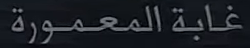
غابةالمعمورة